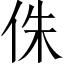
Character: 侏